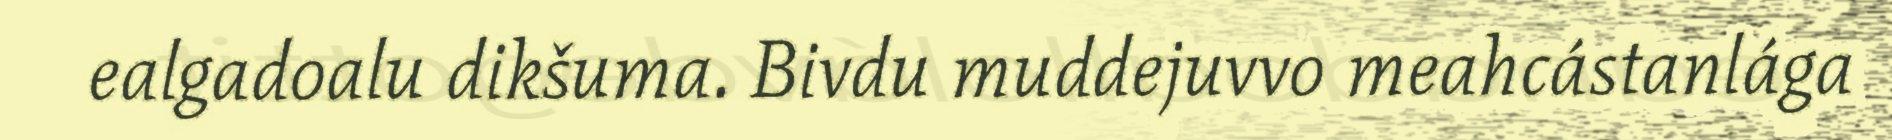
ealgadoalu dikšuma. Bivdu muddejuvvo meahcástanlága